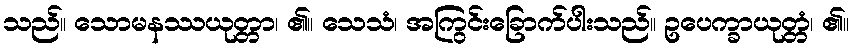
သည်။ သောမနဿယုတ္တာ၊ ၏။ သေသံ၊ အကြွင်းခြောက်ပါးသည်။ ဥပေက္ခာယုတ္တံ၊ ၏။